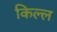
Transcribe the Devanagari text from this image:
किल्ल